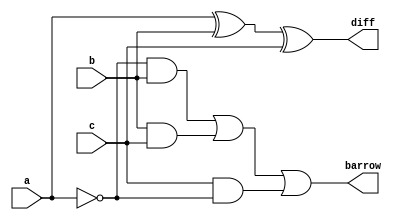
`timescale 1ns / 1ps
//////////////////////////////////////////////////////////////////////////////////
// Company: 
// Engineer: 
// 
// Design Name: 
// Module Name: fullsubtractor
// Project Name: 
// Target Devices: 
// Tool Versions: 
// Description: 
// 
// Dependencies: 
// 
// Revision:
// Revision 0.01 - File Created
// Additional Comments:
// 
//////////////////////////////////////////////////////////////////////////////////


module fullsubtractor(
    input a,b,c,
    output diff,barrow
    );
    assign diff=(a^b)^c;
    assign barrow=(~a&b)|(b&c)|(c&~a);
endmodule